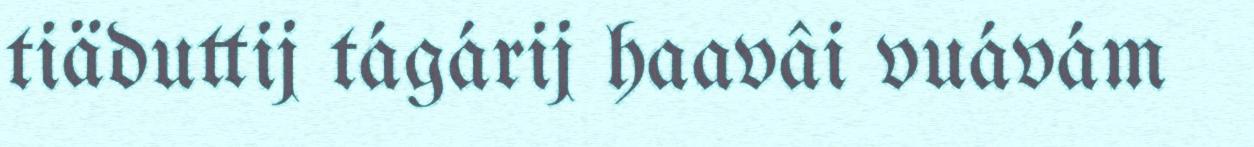
tiäduttij tágárij haavâi vuávám